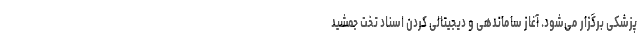
پزشکی برگزار می‌شود. آغاز ساماندهی و دیجیتالی کردن اسناد تخت جمشید